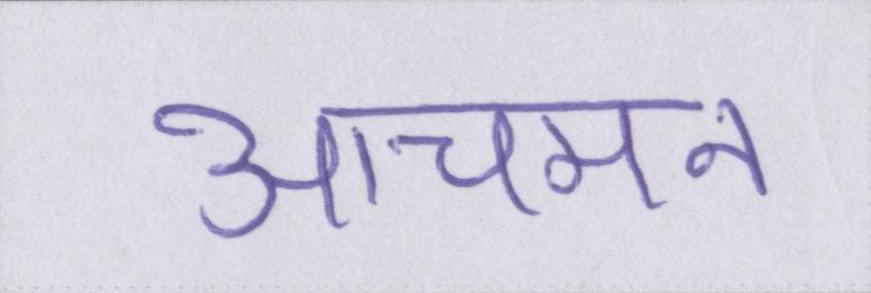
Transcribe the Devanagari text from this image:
आचमन